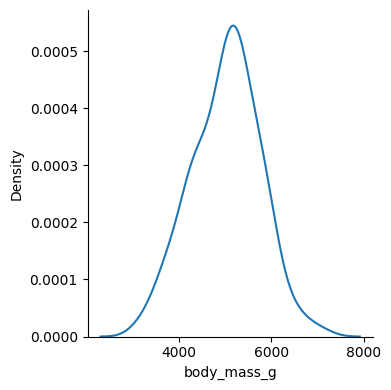
python, seaborn, displot, kind='kde', column='body_mass_g', hue='all', height=4, aspect=1.0